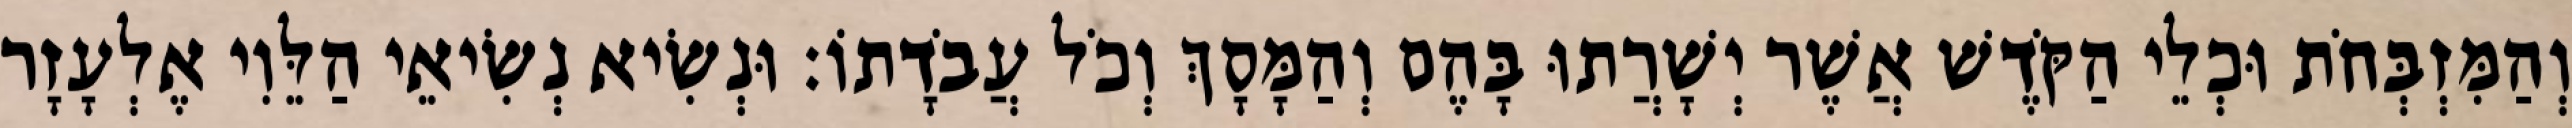
וְהַמִּזְבְּחֹת וּכְלֵי הַקֹּדֶשׁ אֲשֶׁר יְשָׁרֲתוּ בָּהֶם וְהַמָּסָךְ וְכֹל עֲבֹדָתוֹ׃ וּנְשִׂיא נְשִׂיאֵי הַלֵּוִי אֶלְעָזָר